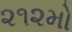
૨૧૨મો